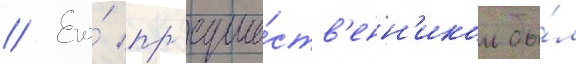
// Его́ пр'едше́ств'енн'иком бы́л